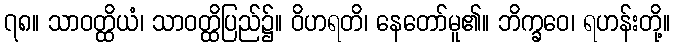
၇၈။ သာဝတ္ထိယံ၊ သာဝတ္ထိပြည်၌။ ဝိဟရတိ၊ နေတော်မူ၏။ ဘိက္ခဝေ၊ ရဟန်းတို့။